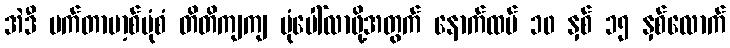
အဲဒီ မက်တာဗာ့စ်ပုံစံ တိတိကျကျ ပုံပေါ်လာဖို့အတွက် နောက်ထပ် ၁၀ နှစ် ၁၅ နှစ်လောက်